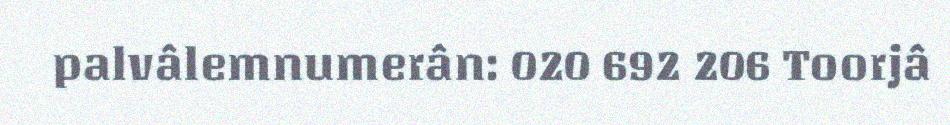
palvâlemnumerân: 020 692 206 Toorjâ